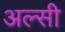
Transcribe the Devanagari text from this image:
अल्सी